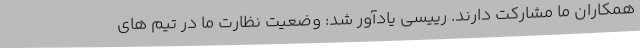
همکاران ما مشارکت دارند. رییسی یادآور شد: وضعیت نظارت ما در تیم های